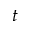
t